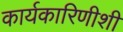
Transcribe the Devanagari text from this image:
कार्यकारिणीशी